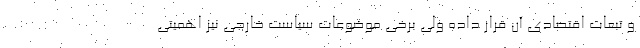
و تبعات اقتصادی آن قرار داده ولی برخی موضوعات سیاست خارجی نیز اهمیتی